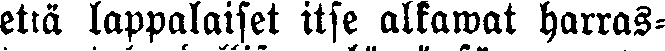
että lappalaiset itse alkawat harras-